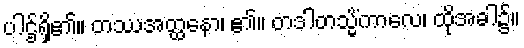
ပါဌ်ရှိ၏။ တဿအတ္ထနော၊ ၏။ တဒါတသ္မိံကာလေ၊ ထိုအခါ၌။